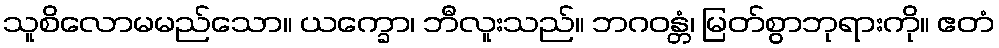
သူစိလောမမည်သော။ ယက္ခော၊ ဘီလူးသည်။ ဘဂဝန္တံ၊ မြတ်စွာဘုရားကို။ ဧတံ